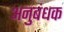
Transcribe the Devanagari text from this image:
अनुबंधक